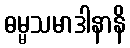
ဓမ္မသမာဒါနာနိ